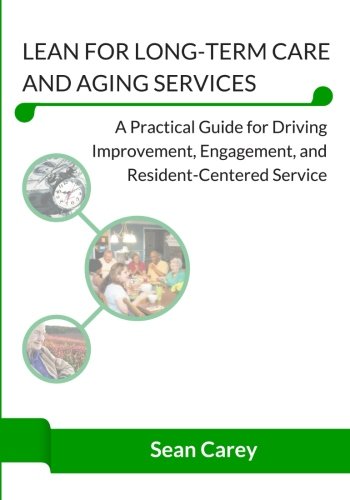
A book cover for Lean for Long-Term Care and Aging Services (B&W Edition): A Practical Guide for Driving Improvement, Engagement, and Resident-Centered Service; Sean Carey; Medical Books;